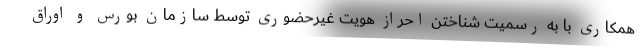
همکاری با به رسمیت شناختن احراز هویت غیرحضوری توسط سازمان بورس و اوراق